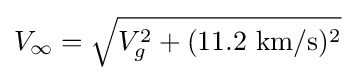
V_{\infty }={\sqrt {V_{g}^{2}+(11.2\ \mathrm {km/s} )^{2}}}